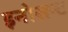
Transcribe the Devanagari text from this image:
इनोसन्ट